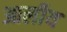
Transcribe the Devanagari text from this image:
आलीय